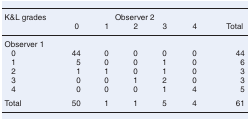
| K&L grades | <COLSPAN=6> Observer 2 |
 |  | 0 | 1 | 2 | 3 | 4 | Total |
 | --- | --- | --- | --- | --- | --- | --- |
 | <COLSPAN=7> Observer 1 |
 | 0 | 44 | 0 | 0 | 0 | 0 | 44 |
 | 1 | 5 | 0 | 0 | 1 | 0 | 6 |
 | 2 | 1 | 1 | 0 | 1 | 0 | 3 |
 | 3 | 0 | 0 | 1 | 2 | 0 | 3 |
 | 4 | 0 | 0 | 0 | 1 | 4 | 5 |
 | Total | 50 | 1 | 1 | 5 | 4 | 61 |